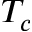
T _ { c }